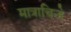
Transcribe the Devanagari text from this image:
मात्राचिन्हे